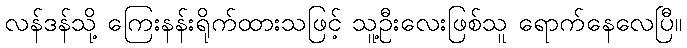
လန်ဒန်သို့ ကြေးနန်းရိုက်ထားသဖြင့် သူ့ဦးလေးဖြစ်သူ ရောက်နေလေပြီ။